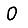
Digit: 0